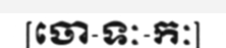
[ចោ-ទៈ-កៈ]